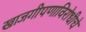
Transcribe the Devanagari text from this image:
खाजगीपणाविरोधीचे